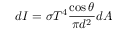
d I = \sigma T ^ { 4 } { \frac { \cos \theta } { \pi d ^ { 2 } } } d A